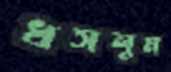
ধসলুম